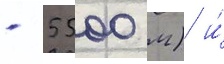
- 5500 м) и́